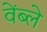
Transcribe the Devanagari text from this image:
वेंब्ले